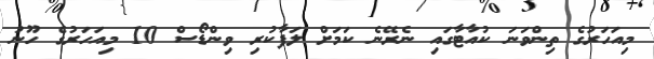
މިއަހަރުގެ ތިންވަނަ ކުއާޓާގައި ނެރޭނެ ކަމަށް ލަފާކުރި ވިންޑޯސް 10 މިއަހަރުގެ ހޫނު